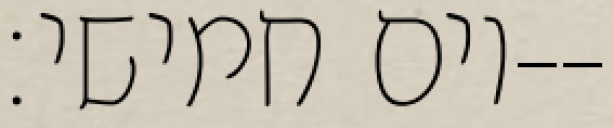
יום חמישי׃--